Code of medical and sanitary regulations for the guidance of medical officers serving in the Madras Presidency - Volume I
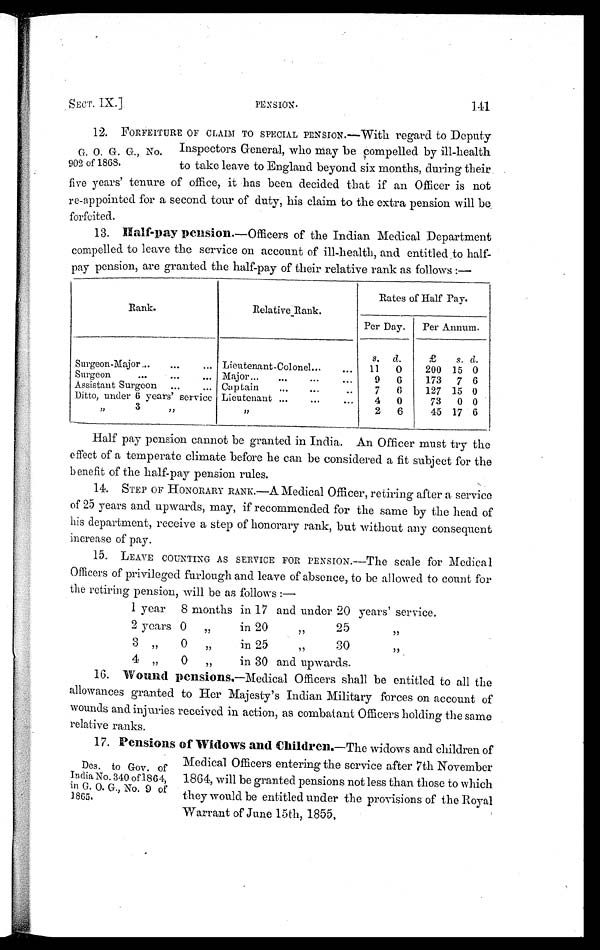
SECT. IX.]
PENSION.
141
12. FORFEITURE OF CLAIM TO SPECIAL PENSION.—With regard to Deputy
Inspectors General, who may be compelled by ill-health
to take leave to England beyond six months, during their
five years' tenure of office, it has been decided that if an Officer is not
re-appointed for a second tour of duty, his claim to the extra pension will be
forfeited.
13. Half-pay pension.—Officers of the Indian Medical Department
compelled to leave the service on account of ill-health, and entitled to half-
pay pension, are granted the half-pay of their relative rank as follows :—
Rank.
Relative Rank.
Rates of Half Pay.
Per Day. Per Annum.
s. d.
£
s. d.
Surgeon-Major ... . . .
. . . Lieutenant-Colonel...
... 11 0
200 15 0
Surgeon
...
...
... Major...
...
...
...
9 6
173 7 6
Assistant Surgeon ...
... Captain
...
...
..
7 6
127 15 0
Ditto, under 6 years' service Lieutenant ...
...
...
4 0
73 0 0
"
3
,,
”
2 6
45 17 6
Half pay pension cannot be granted in India. An Officer must try the
effect of a temperate climate before he can be considered a fit subject for the
benefit of the half-pay pension rules.
14. STEP OF HONORARY RANK.—A Medical Officer, retiring after a service
of 25 years and upwards, may, if recommended for the same by the head of
his department, receive a step of honorary rank, but without any consequent
increase of pay.
15. LEAVE COUNTING AS SERVICE FOR PENSION.—The scale for Medical
Officers of privileged furlough and leave of absence, to be allowed to count for
the retiring pension, will be as follows :—
1 year 8 months in 17 and under 20 years' service.
2 years 0 „
in 20
" 25
"
3 „
0
" in 25
„
30
"
4 „
0 „
in 30 and upwards.
16. Wound pensions.—Medical Officers shall be entitled to all the
allowances granted to Her Majesty's Indian Military forces on account of
wounds and injuries received in action, as combatant Officers holding the same
relative ranks.
17. Pensions of Widows and Children. —The widows and children of
Medical Officers entering the service after 7th November
1864, will be granted pensions not less than those to which
they would be entitled under the provisions of the Royal
Warrant of June 15th, 1855,
G. O. G. G., No.
902 of 1865.
Des. to Gov. of
India No. 340 of 1864,
in G. O. G., No. 9 of
1865.